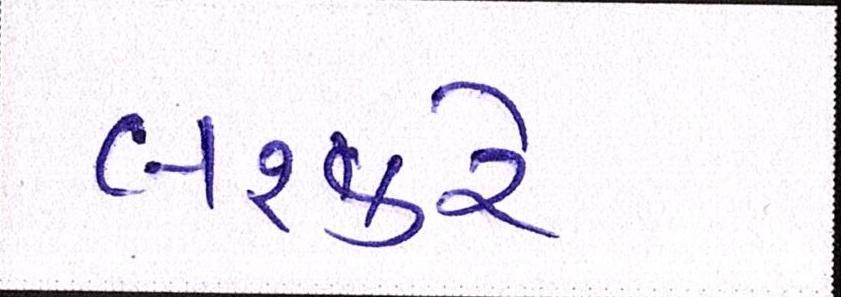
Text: લશ્કરે